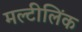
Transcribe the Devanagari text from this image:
मल्टीलिंक